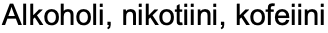
Alkoholi, nikotiini, kofeiini